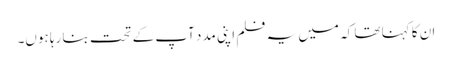
ان کا کہنا تھا کہ میں یہ فلم اپنی مدد آپ کے تحت بنا رہا ہوں۔